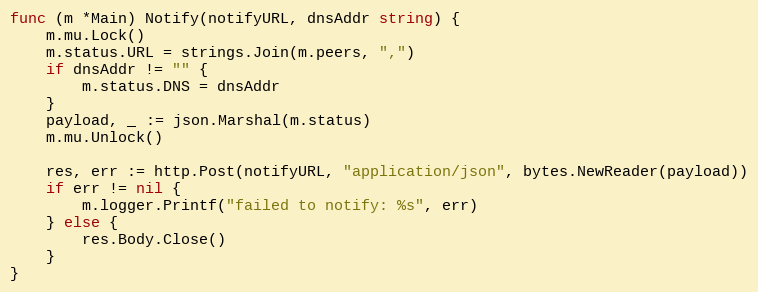
Language: Go
func (m *Main) Notify(notifyURL, dnsAddr string) {
	m.mu.Lock()
	m.status.URL = strings.Join(m.peers, ",")
	if dnsAddr != "" {
		m.status.DNS = dnsAddr
	}
	payload, _ := json.Marshal(m.status)
	m.mu.Unlock()

	res, err := http.Post(notifyURL, "application/json", bytes.NewReader(payload))
	if err != nil {
		m.logger.Printf("failed to notify: %s", err)
	} else {
		res.Body.Close()
	}
}